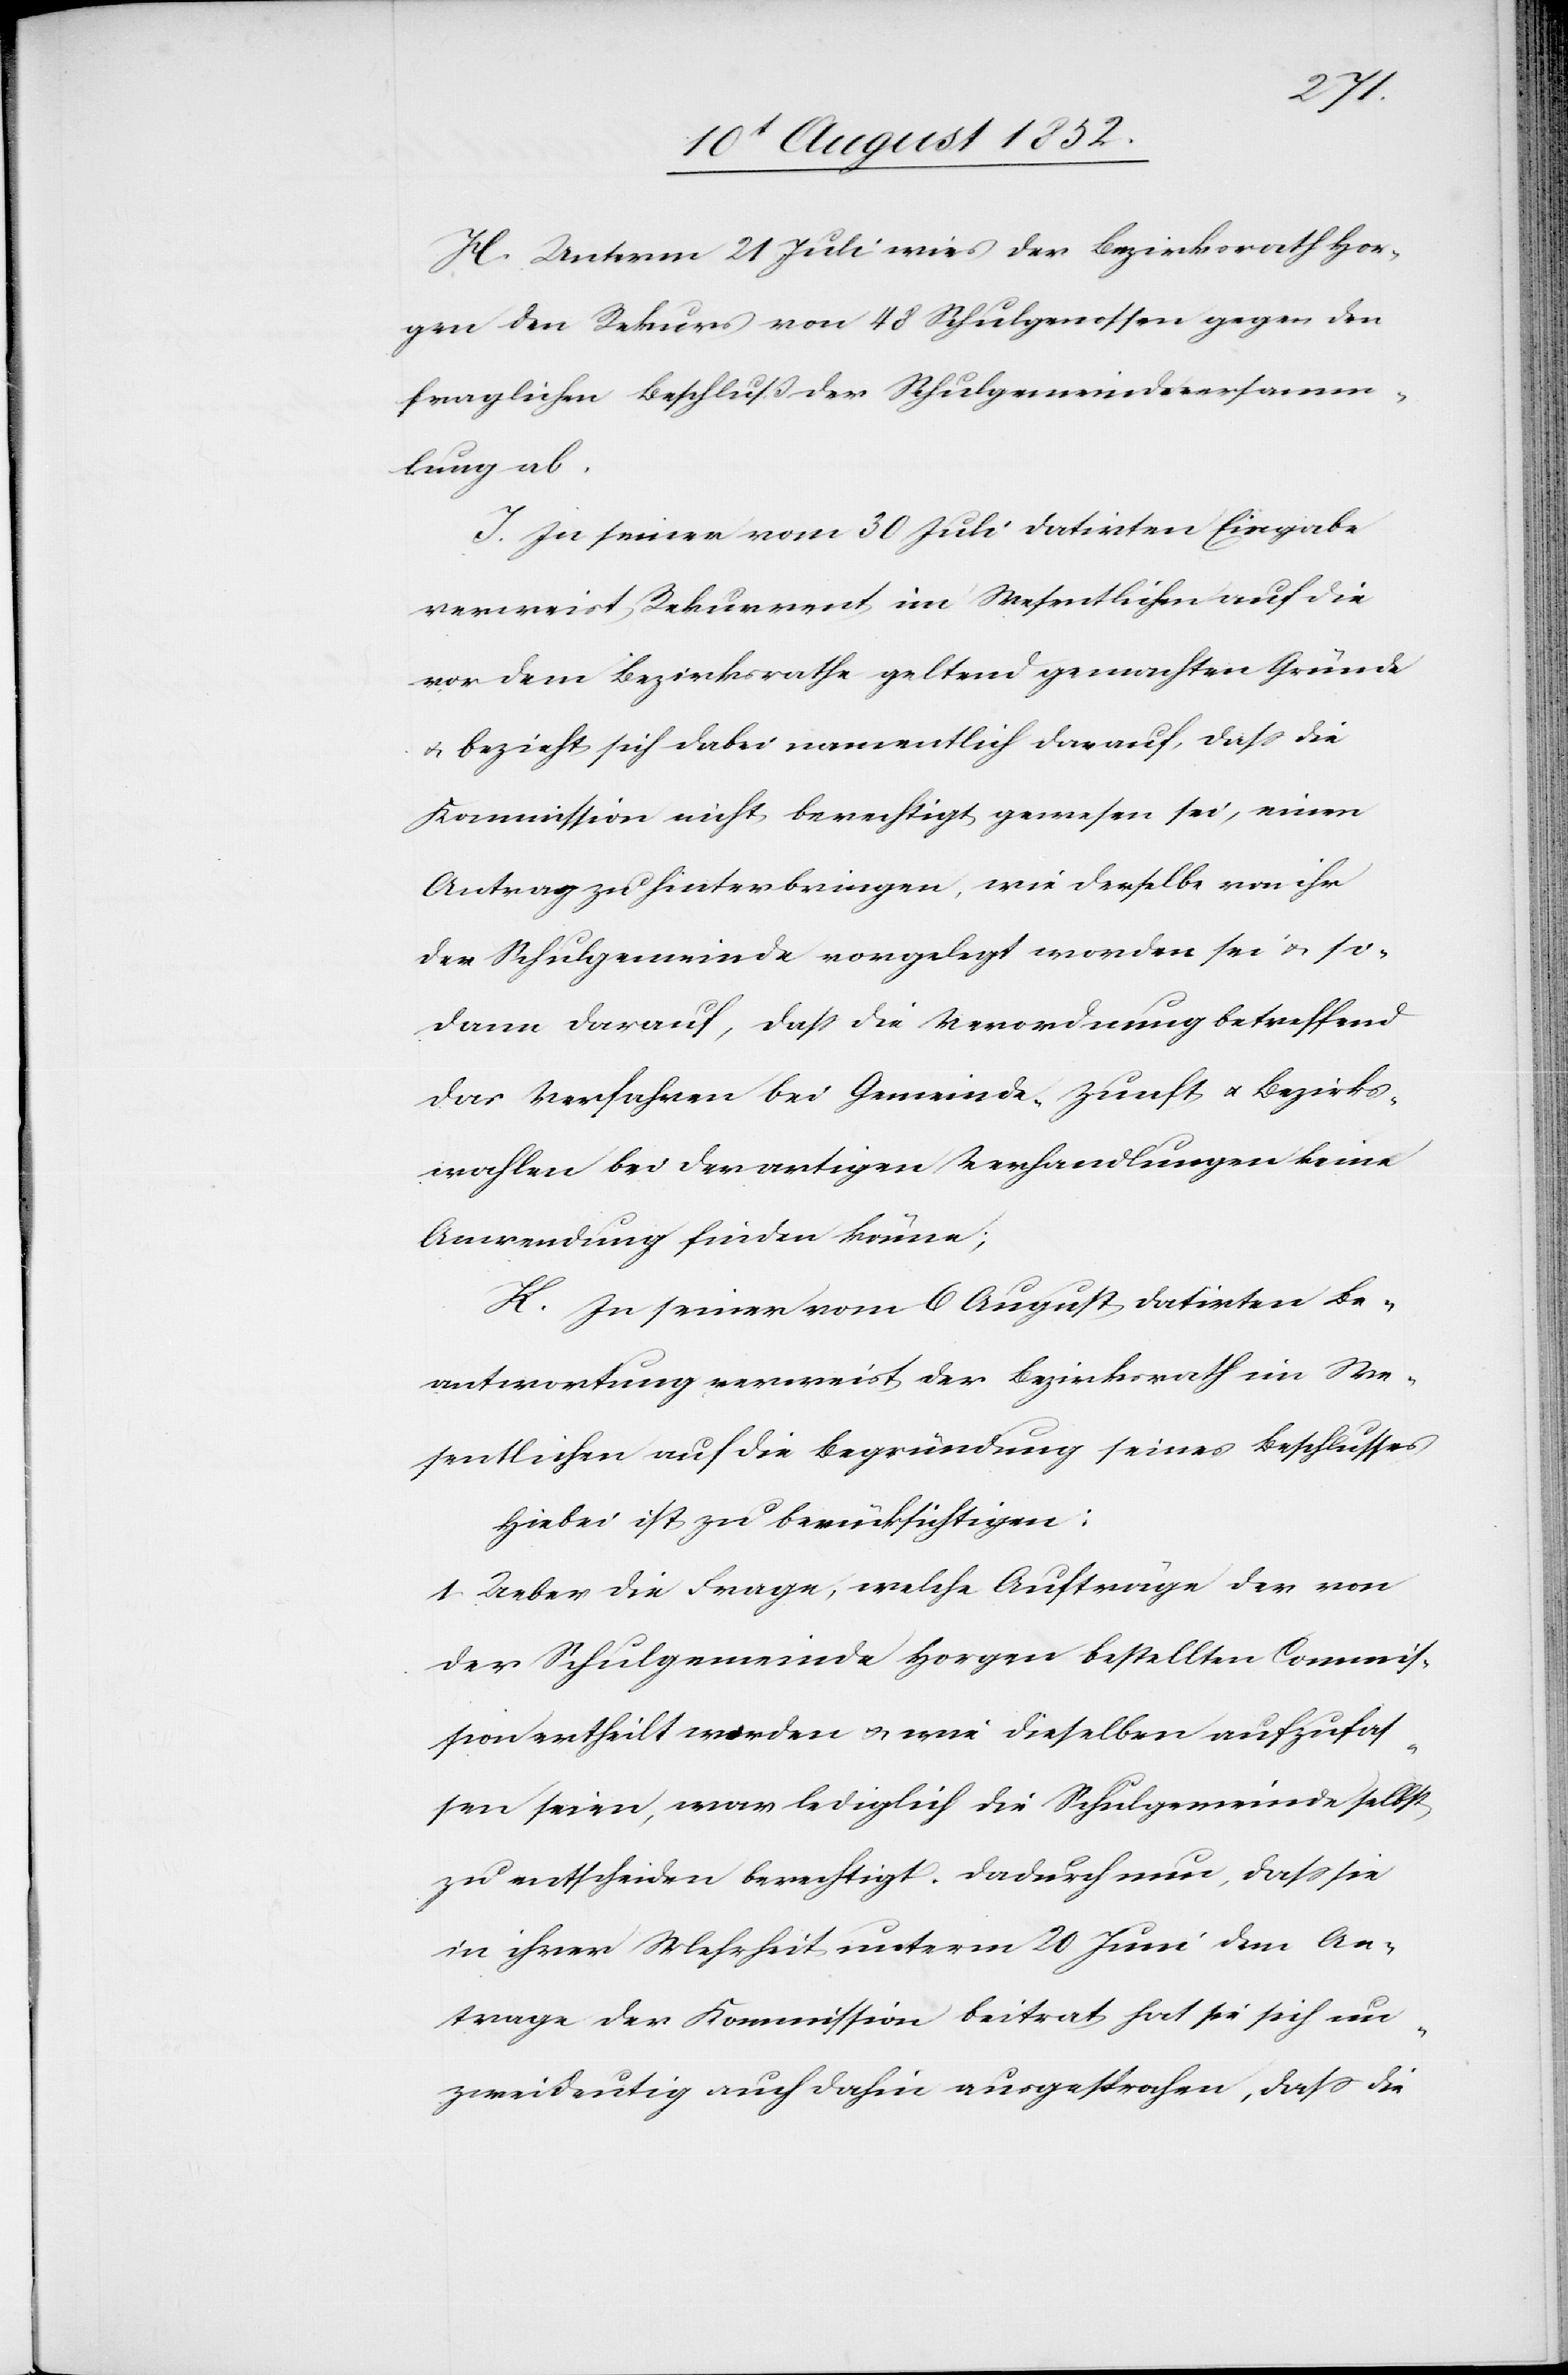
H. Unterm 21 Juli wies der Bezirksrath Hor¬
gen den Rekurs von 48 Schulgenossen gegen den
fraglichen Beschluß der Schulgemeindsversamm¬
lung ab.
I. In seiner vom 30 Juli datirten Eingabe
verweist Rekurrent im Wesentlichen auf die
vor dem Bezirksrathe geltend gemachten Gründe
& bezieht sich dabei namentlich darauf, dass die
Kommission nicht berechtigt gewesen sei, einen
Antrag zu hinterbringen, wie derselbe von ihr
der Schulgemeinde vorgelegt worden sei & so¬
dann darauf, dass die Verordnung betreffend
das Verfahren bei Gemeinde-[,] Zunft[-] & Bezirks¬
wahlen bei derartigen Verhandlungen keine
Anwendung finden könne;
K. In seiner vom 6 August datirten Be¬
antwortung verweist der Bezirksrath im We¬
sentlichen auf die Begründung seines Beschlusses
Hiebei ist zu berücksichtigen:
1. Ueber die Frage, welche Aufträge der von
der Schulgemeinde Horgen bestellten Commis¬
sion ertheilt worden & wie dieselben aufzufas¬
sen seien, war lediglich die Schulgemeinde selbst
zu entscheiden berechtigt. Dadurch nun, dass sie
in ihrer Mehrheit unterm 20 Juni dem An¬
trage der Kommission beitrat hat sie sich un¬
zweideutig auch dahin ausgesprochen, dass die